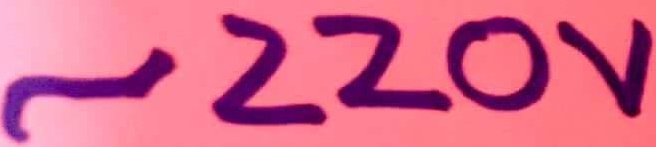
Text: ~220V